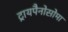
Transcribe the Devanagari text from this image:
ट्रायपैनोसोमा